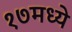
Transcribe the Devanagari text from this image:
१७मध्ये